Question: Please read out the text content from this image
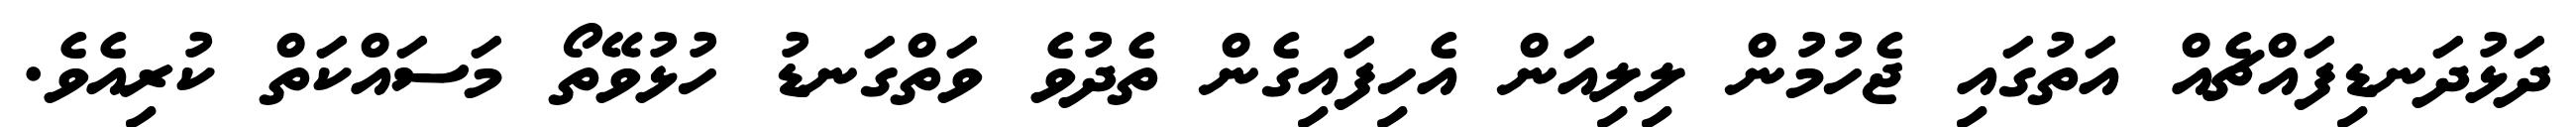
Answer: ދަޅުދަނޑިފައްޗެއް އަތުގައި ޖެހުމުން ލިލިއަން އެހިފައިގެން ތެދުވެ ވަތްގަނޑު ހުޅުވޭތޯ މަސައްކަތް ކުރިއެވެ.